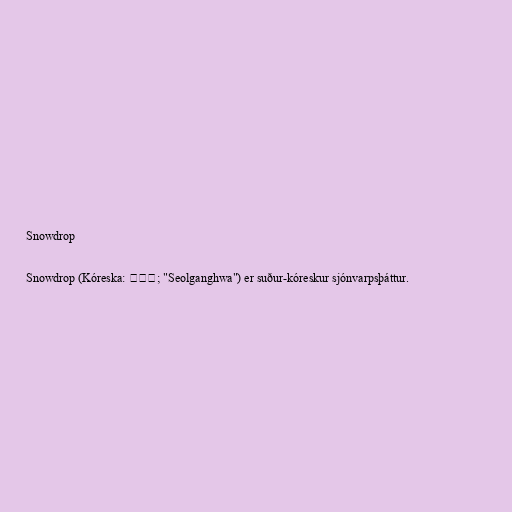
Snowdrop

Snowdrop (Kóreska: 설강화; "Seolganghwa") er suður-kóreskur sjónvarpsþáttur.